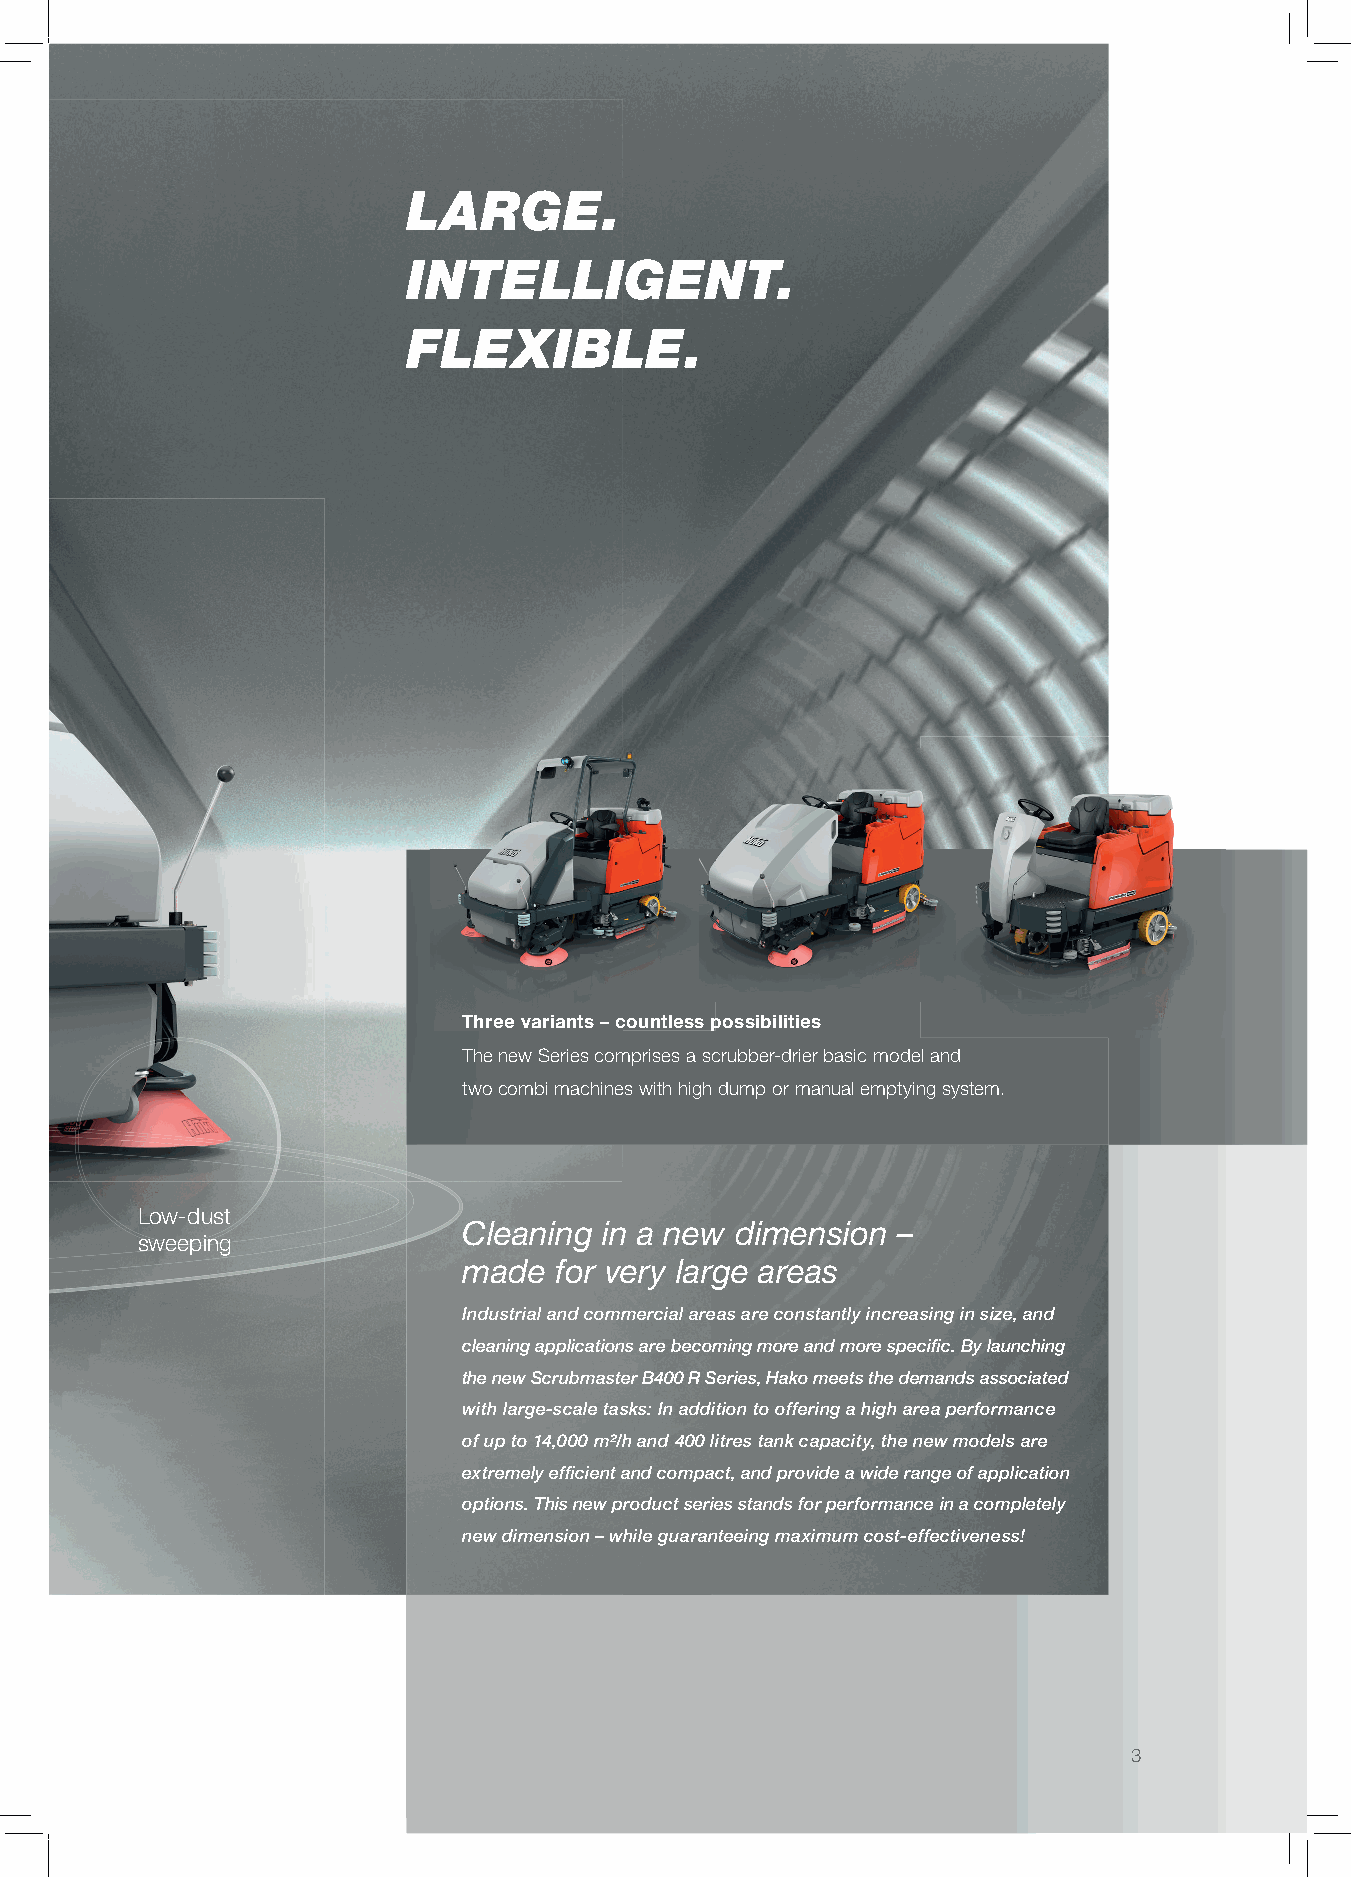
LARGE.
 INTELLIGENT.
 FLEXIBLE.
 Three variants – countless possibilities
 The new Series comprises a scrubber-drier basic model and
 two combi machines with high dump or manual emptying system.
 Low-dust
 Cleaning in a new dimension –
 sweeping
 made  for very large areas
 Industrial and commercial areas are constantly increasing in size, and
 cleaning applications are becoming more and more specifi c. By launching
 the new Scrubmaster B400 R Series, Hako meets the demands associated
 with large-scale tasks: In addition to offering a high area performance
 of up to 14,000 m²/h and 400 litres tank capacity, the new models are
 extremely effi cient and compact, and provide a wide range of application
 options. This new product series stands for performance in a completely
 new dimension – while guaranteeing maximum cost-effectiveness!
 3